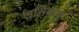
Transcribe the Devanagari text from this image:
लसिकाणु